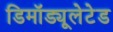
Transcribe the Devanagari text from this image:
डिमॉड्यूलेटेड